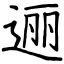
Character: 逦